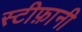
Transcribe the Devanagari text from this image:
स्टीफ़ानी